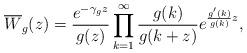
LaTeX: \begin{align*} \overline{W}_g(z)=\frac{e^{-\gamma_gz}}{g(z)}\prod_{k=1}^{\infty}\frac{g(k)}{g(k+z)}e^{\frac{g'(k)}{g(k)}z}, \end{align*}